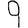
Digit: 9